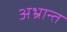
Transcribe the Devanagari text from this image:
अभ्रान्त